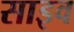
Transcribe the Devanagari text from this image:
साइव